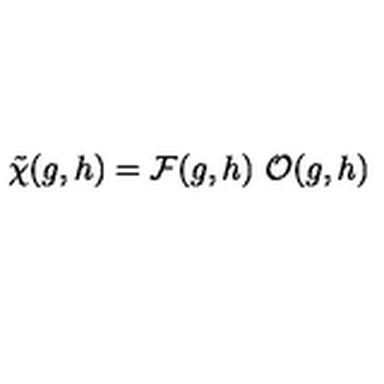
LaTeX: \tilde { \chi } ( g , h ) = { \cal F } ( g , h ) \ { \cal O } ( g , h )